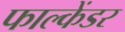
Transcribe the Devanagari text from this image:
फाल्केंडर